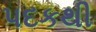
પદકથી